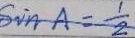
S i n A = \frac { 1 } { 2 }